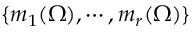
\{ m _ { 1 } ( \Omega ) , \cdots , m _ { r } ( \Omega ) \}